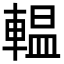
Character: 輼